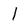
Character: I